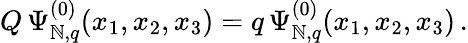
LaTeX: Q\, \Psi_{\mathbb{N},q}^{(0)}(x_{1},x_{2},x_{3})=q\, \Psi_{\mathbb{N},q}^{(0)}(x_{1},x_{2},x_{3})\, .